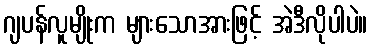
ဂျပန်လူမျိုးက များသောအားဖြင့် အဲဒီလိုပါပဲ။